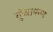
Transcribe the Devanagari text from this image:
गुंजायला